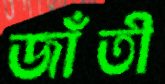
জাঁতী